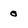
Character: 0